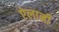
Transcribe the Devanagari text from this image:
ऐलानी